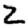
Digit: 2